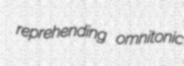
reprehending omnitonic